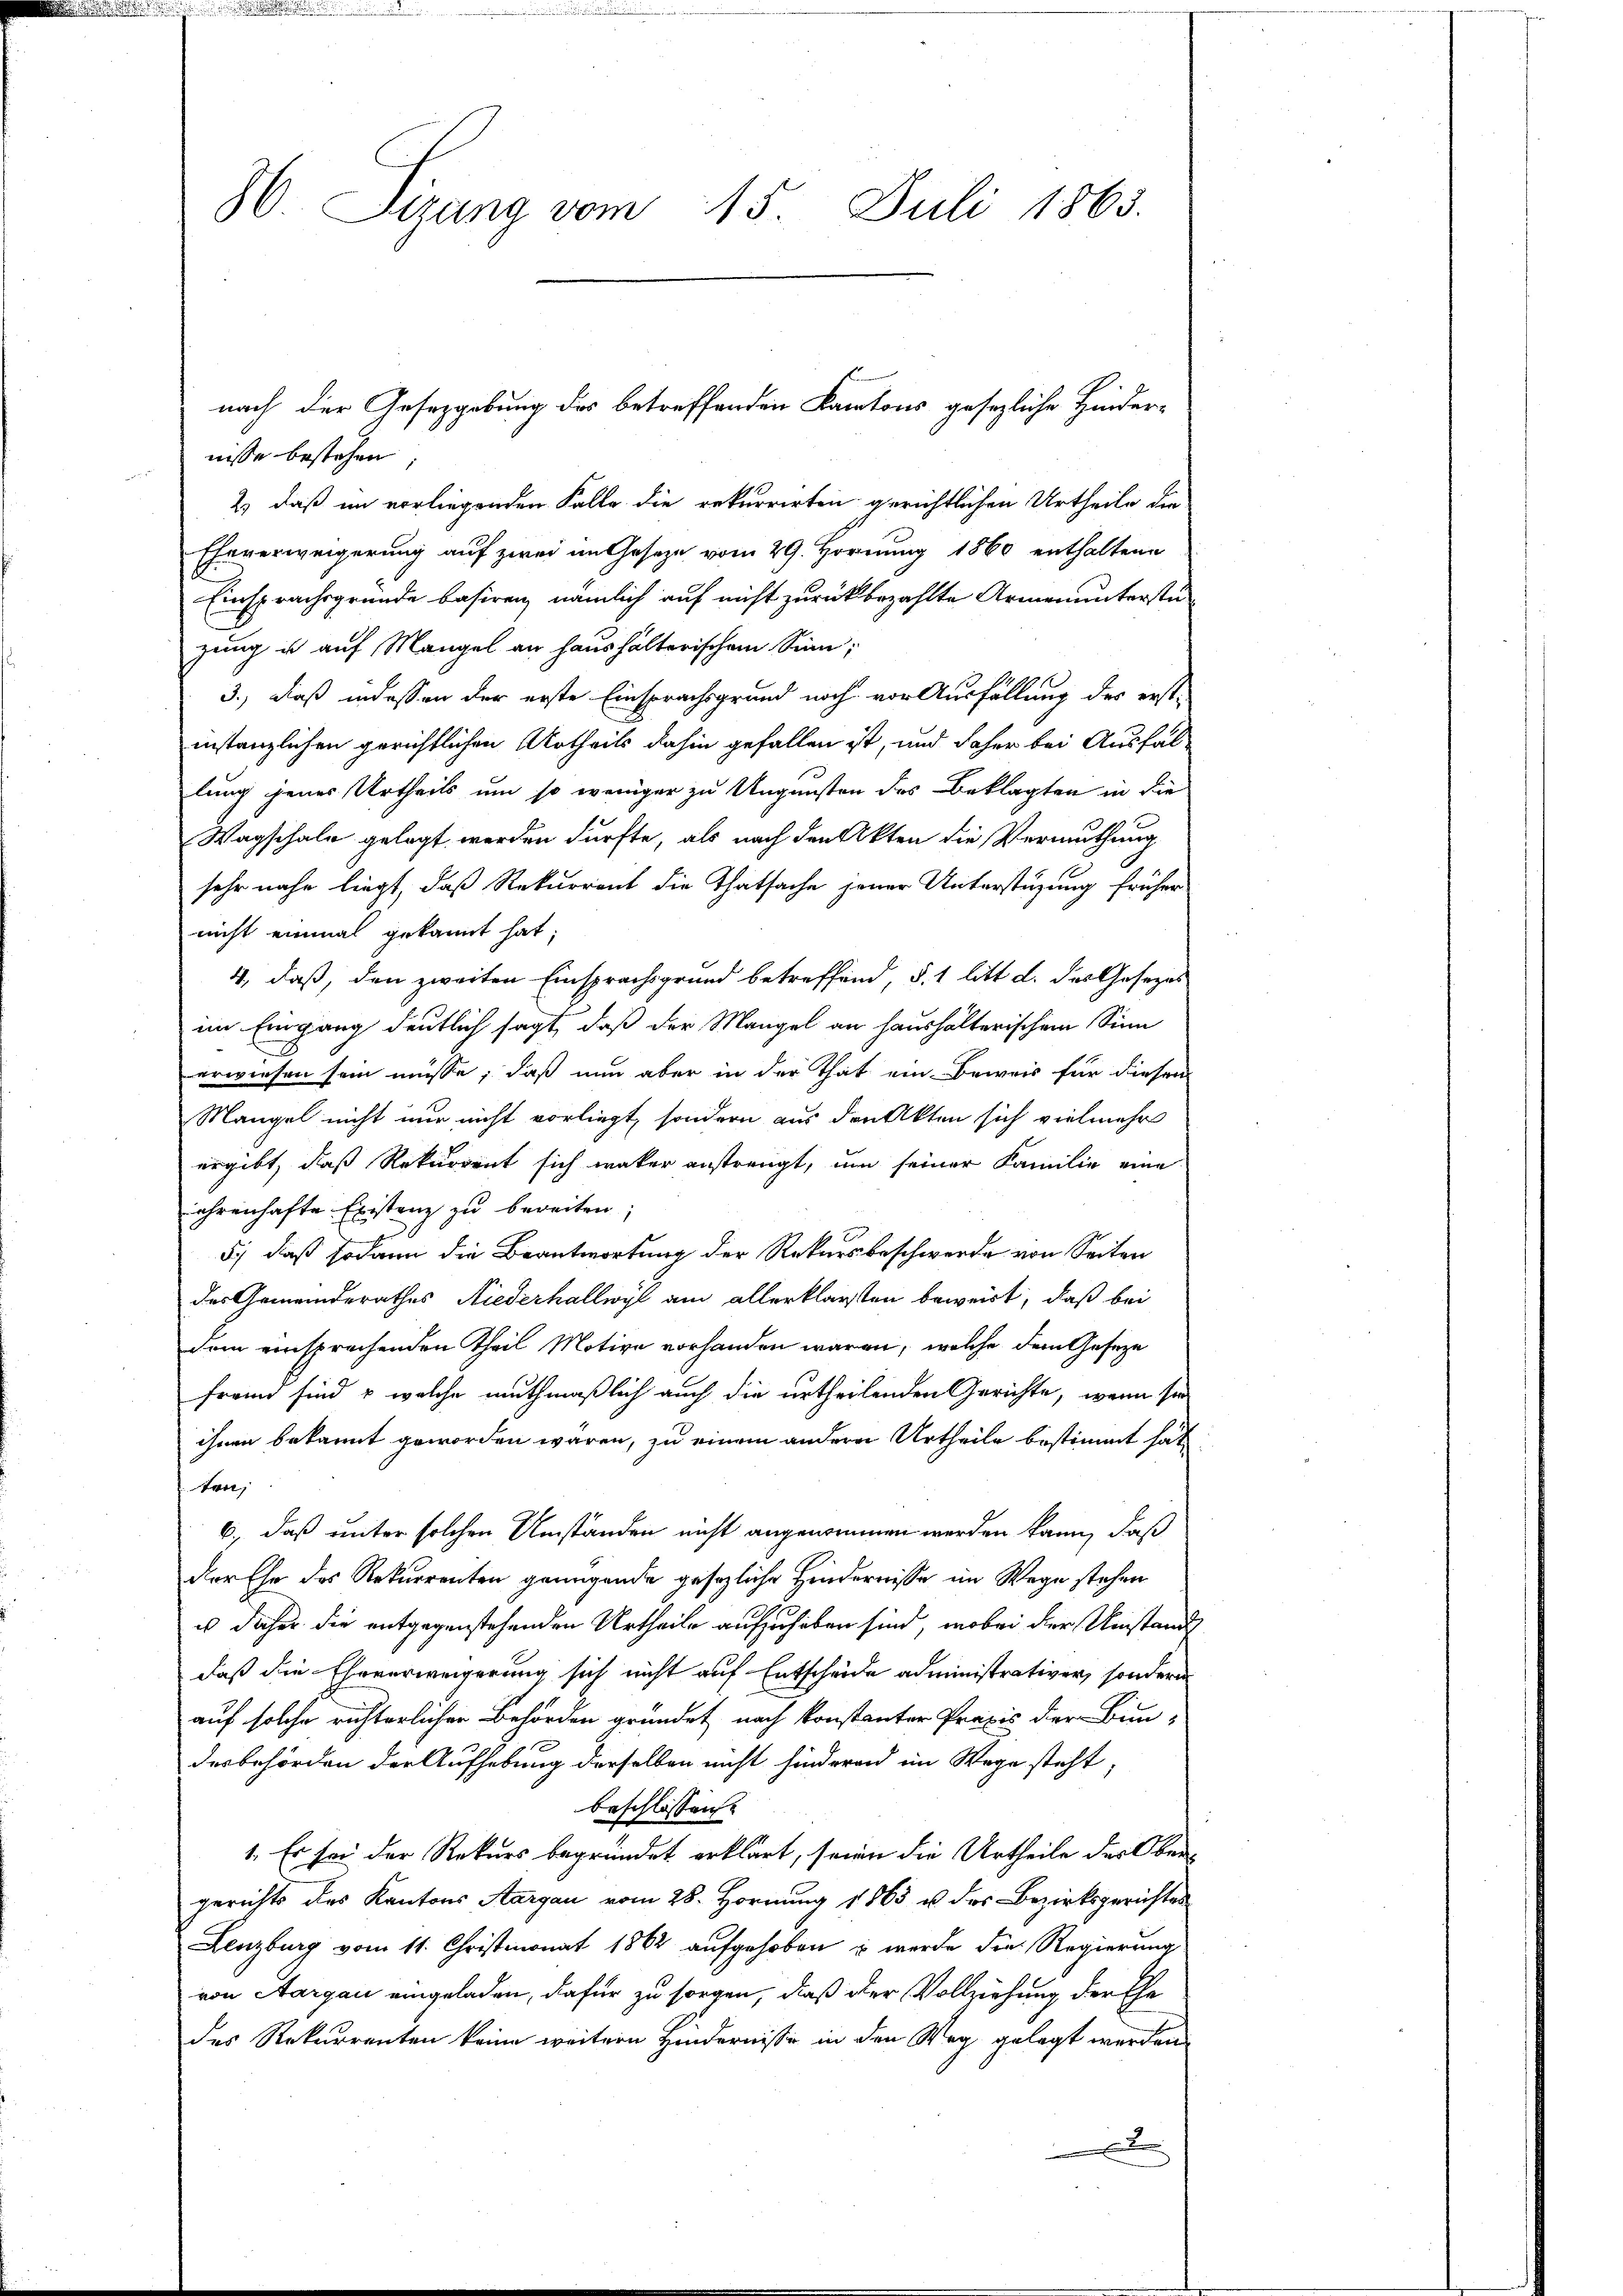
36 Sizung vom 15. Juli 1863.

nisse bestehen;
2) daß im vorliegenden Falle die rekurrirten gerichtlichen Urtheile die
Ehererweigerung auf zwei im Geseze vom 29. Hornung 1860 enthaltene
Einsprachsgründe basiren, nämlich auf nicht zurückbezahlte Armenunterstüzung u auf Mangel an haushalterischem Sinn:
3.) Daß indessen der erste Einsprachsgrund noch vor Ausfüllung des erst-
instanzlichen gerichtlichen Urtheils dahin gefallen ist, und daher bei Ausfallung jenes Urtheils um so weniger zu Ungunsten des Beklagten in die
Wagschale gelegt werden dürfte, als nach den Akten die Vermuthung
sehr nahe liegt, daß Rekurrent die Thatsache jener Unterstüzung früher
nicht einmal gekannt hat;
4, daß, den zweiten Einsprachsgrund betreffend, §. 1 litt d. das Gesezes
im Eingang deutlich sagt, daß der Mangel an haushalterischem Sinn
erwiesen sein müsse, daß nun aber in der That ein Beweis für diesen
Mangel nicht nur nicht vorliegt, sondern aus den Akten sich vielmehr
ergibt, daß Rekurrent sich wacker anstrengt, um seiner Familie eine
ehrenhafte Existenz zu bereiten;
5) daß sodann die Beantwortung der Rekursbeschwerde von Seiten
des Gemeinderathes Niederhallwyl am allerklärten beweist, daß bei
dem einsprachenden Theil Motive vorhanden waren, welche dem Geseze
fremd sind & welche muthmaßlich auch die urtheilenden Gerichte, wenn sie
ihnen bekannt geworden wären, zu einem andern Urtheile bestimmt hat
ten,
6., daß unter solchen Umständen nicht angenommen werden kann, daß
der Ehe des Rekurrenten genügende gesezliche Hindernisse im Wege stehen
u daher die entgegenstehenden Urtheile aufzuheben sind, wobei der Umstand
daß die Eheverweigerung sich nicht auf Entscheide administrativer, sondern
auf solche richterlicher Behörden gründet nach konstanter Praxis der Bun-
desbehörden der Aufhebung derselben nicht hinderend im Wege steht,
beschlossen.
1. Es sei der Rekurs begründet erklärt, seinen die Urtheile der Obergerichts des Kantons Aargau vom 28. Hornung 1865 u. des Bezirksgerichtes
Lenzburg vom 11. Christmonat 1862 aufgehoben, u werde die Regierung
von Aargau eingeladen, dafür zu sorgen, daß der Vollziehung der Ehe
des Rekurrenten keine weitern Hindernisse in den Weg gelegt werden

nach der Gesetzgebung des betreffenden Kantons gesezliche Hinder¬